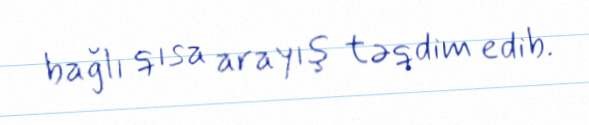
bağlı qısa arayış təqdim edib.